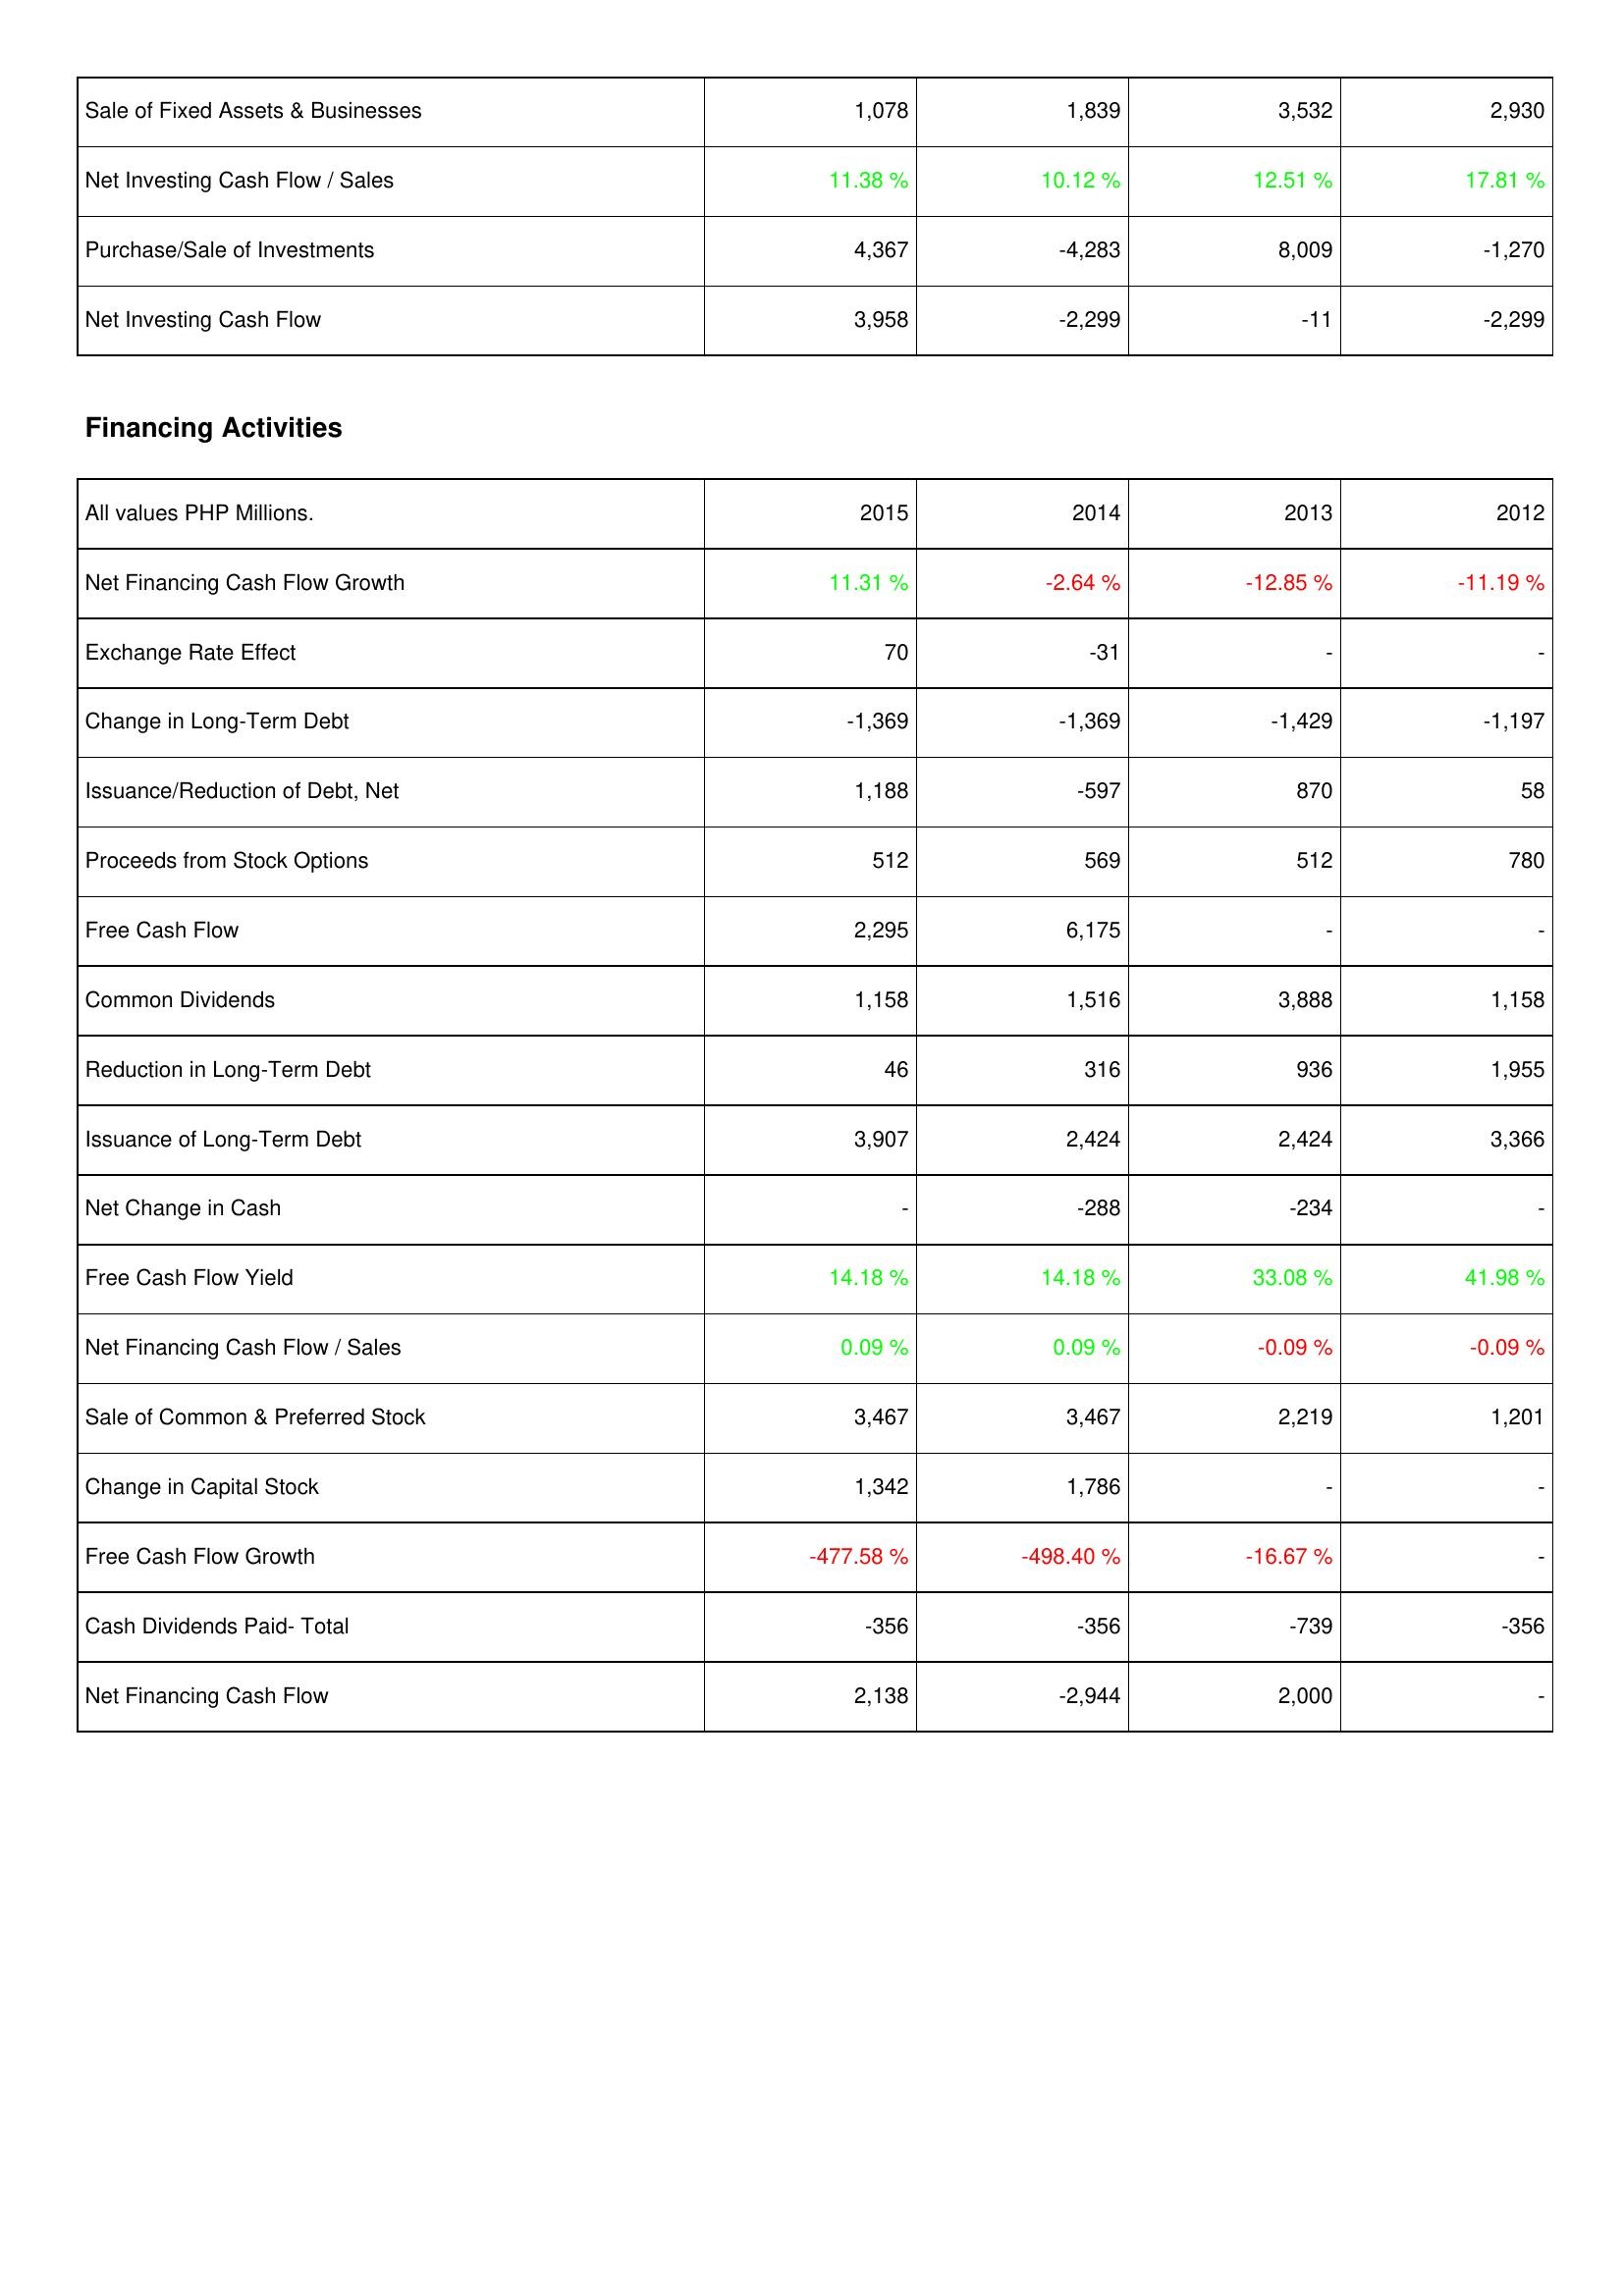
2015: Investing Activities: Sale of Fixed Assets & Businesses: 1,078
Net Investing Cash Flow / Sales: 11.38 %
Purchase/Sale of Investments: 4,367
Net Investing Cash Flow: 3,958
Financing Activities: Net Financing Cash Flow Growth: 11.31 %
Exchange Rate Effect: 70
Change in Long-Term Debt: -1,369
Issuance/Reduction of Debt, Net: 1,188
Proceeds from Stock Options: 512
Free Cash Flow: 2,295
Common Dividends: 1,158
Reduction in Long-Term Debt: 46
Issuance of Long-Term Debt: 3,907
Net Change in Cash: -
Free Cash Flow Yield: 14.18 %
Net Financing Cash Flow / Sales: 0.09 %
Sale of Common & Preferred Stock: 3,467
Change in Capital Stock: 1,342
Free Cash Flow Growth: -477.58 %
Cash Dividends Paid- Total: -356
Net Financing Cash Flow: 2,138
2014: Investing Activities: Sale of Fixed Assets & Businesses: 1,839
Net Investing Cash Flow / Sales: 10.12 %
Purchase/Sale of Investments: -4,283
Net Investing Cash Flow: -2,299
Financing Activities: Net Financing Cash Flow Growth: -2.64 %
Exchange Rate Effect: -31
Change in Long-Term Debt: -1,369
Issuance/Reduction of Debt, Net: -597
Proceeds from Stock Options: 569
Free Cash Flow: 6,175
Common Dividends: 1,516
Reduction in Long-Term Debt: 316
Issuance of Long-Term Debt: 2,424
Net Change in Cash: -288
Free Cash Flow Yield: 14.18 %
Net Financing Cash Flow / Sales: 0.09 %
Sale of Common & Preferred Stock: 3,467
Change in Capital Stock: 1,786
Free Cash Flow Growth: -498.40 %
Cash Dividends Paid- Total: -356
Net Financing Cash Flow: -2,944
2013: Investing Activities: Sale of Fixed Assets & Businesses: 3,532
Net Investing Cash Flow / Sales: 12.51 %
Purchase/Sale of Investments: 8,009
Net Investing Cash Flow: -11
Financing Activities: Net Financing Cash Flow Growth: -12.85 %
Exchange Rate Effect: -
Change in Long-Term Debt: -1,429
Issuance/Reduction of Debt, Net: 870
Proceeds from Stock Options: 512
Free Cash Flow: -
Common Dividends: 3,888
Reduction in Long-Term Debt: 936
Issuance of Long-Term Debt: 2,424
Net Change in Cash: -234
Free Cash Flow Yield: 33.08 %
Net Financing Cash Flow / Sales: -0.09 %
Sale of Common & Preferred Stock: 2,219
Change in Capital Stock: -
Free Cash Flow Growth: -16.67 %
Cash Dividends Paid- Total: -739
Net Financing Cash Flow: 2,000
2012: Investing Activities: Sale of Fixed Assets & Businesses: 2,930
Net Investing Cash Flow / Sales: 17.81 %
Purchase/Sale of Investments: -1,270
Net Investing Cash Flow: -2,299
Financing Activities: Net Financing Cash Flow Growth: -11.19 %
Exchange Rate Effect: -
Change in Long-Term Debt: -1,197
Issuance/Reduction of Debt, Net: 58
Proceeds from Stock Options: 780
Free Cash Flow: -
Common Dividends: 1,158
Reduction in Long-Term Debt: 1,955
Issuance of Long-Term Debt: 3,366
Net Change in Cash: -
Free Cash Flow Yield: 41.98 %
Net Financing Cash Flow / Sales: -0.09 %
Sale of Common & Preferred Stock: 1,201
Change in Capital Stock: -
Free Cash Flow Growth: -
Cash Dividends Paid- Total: -356
Net Financing Cash Flow: -